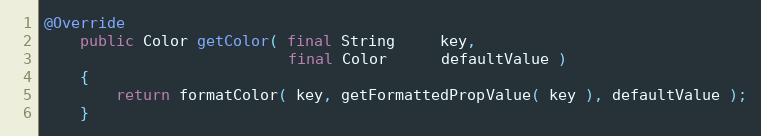
Language: Java
@Override
    public Color getColor( final String     key,
                           final Color      defaultValue )
    {
        return formatColor( key, getFormattedPropValue( key ), defaultValue );
    }